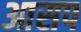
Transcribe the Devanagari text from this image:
आसप